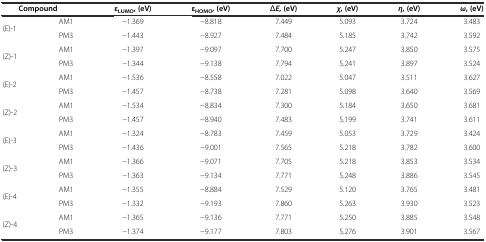
<table><thead><tr><td colspan="2"><b>Compound</b></td><td><b>ε<sub>LUMO</sub>, (eV)</b></td><td><b>ε<sub>HOMO</sub>, (eV)</b></td><td><b><i>ΔE</i>, (eV)</b></td><td><b><i>χ</i>, (eV)</b></td><td><b><i>η</i>, (eV)</b></td><td><b><i>ω</i>, (eV)</b></td></tr></thead><tbody><tr><td rowspan="2">(E)-1</td><td>AM1</td><td>-1.369</td><td>-8.818</td><td>7.449</td><td>5.093</td><td>3.724</td><td>3.483</td></tr><tr><td>PM3</td><td>-1.443</td><td>-8.927</td><td>7.484</td><td>5.185</td><td>3.742</td><td>3.592</td></tr><tr><td rowspan="2">(Z)-1</td><td>AM1</td><td>-1.397</td><td>-9.097</td><td>7.700</td><td>5.247</td><td>3.850</td><td>3.575</td></tr><tr><td>PM3</td><td>-1.344</td><td>-9.138</td><td>7.794</td><td>5.241</td><td>3.897</td><td>3.524</td></tr><tr><td rowspan="2">(E)-2</td><td>AM1</td><td>-1.536</td><td>-8.558</td><td>7.022</td><td>5.047</td><td>3.511</td><td>3.627</td></tr><tr><td>PM3</td><td>-1.457</td><td>-8.738</td><td>7.281</td><td>5.098</td><td>3.640</td><td>3.569</td></tr><tr><td rowspan="2">(Z)-2</td><td>AM1</td><td>-1.534</td><td>-8.834</td><td>7.300</td><td>5.184</td><td>3.650</td><td>3.681</td></tr><tr><td>PM3</td><td>-1.457</td><td>-8.940</td><td>7.483</td><td>5.199</td><td>3.741</td><td>3.611</td></tr><tr><td rowspan="2">(E)-3</td><td>AM1</td><td>-1.324</td><td>-8.783</td><td>7.459</td><td>5.053</td><td>3.729</td><td>3.424</td></tr><tr><td>PM3</td><td>-1.436</td><td>-9.001</td><td>7.565</td><td>5.218</td><td>3.782</td><td>3.600</td></tr><tr><td rowspan="2">(Z)-3</td><td>AM1</td><td>-1.366</td><td>-9.071</td><td>7.705</td><td>5.218</td><td>3.853</td><td>3.534</td></tr><tr><td>PM3</td><td>-1.363</td><td>-9.134</td><td>7.771</td><td>5.248</td><td>3.886</td><td>3.545</td></tr><tr><td rowspan="2">(E)-4</td><td>AM1</td><td>-1.355</td><td>-8.884</td><td>7.529</td><td>5.120</td><td>3.765</td><td>3.481</td></tr><tr><td>PM3</td><td>-1.332</td><td>-9.193</td><td>7.860</td><td>5.263</td><td>3.930</td><td>3.523</td></tr><tr><td rowspan="2">(Z)-4</td><td>AM1</td><td>-1.365</td><td>-9.136</td><td>7.771</td><td>5.250</td><td>3.885</td><td>3.548</td></tr><tr><td>PM3</td><td>-1.374</td><td>-9.177</td><td>7.803</td><td>5.276</td><td>3.901</td><td>3.567</td></tr></tbody></table>